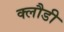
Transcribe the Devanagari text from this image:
क्लौडी